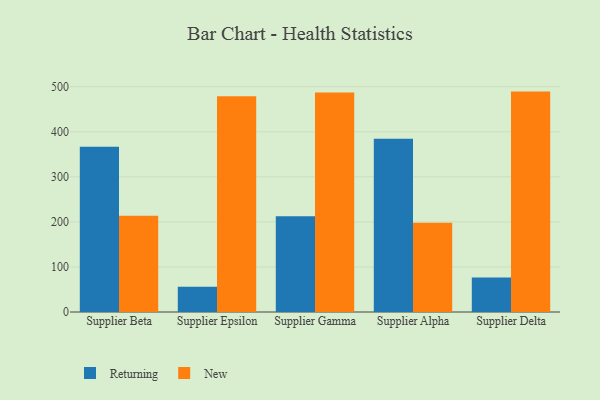
{"axis": {"x": "Supplier", "y": "Net Income (USD K)"}, "legend": ["New", "Returning"], "data": [{"x": "Supplier Beta", "y": 367.1, "type": "Returning"}, {"x": "Supplier Beta", "y": 213.8, "type": "New"}, {"x": "Supplier Epsilon", "y": 56.1, "type": "Returning"}, {"x": "Supplier Epsilon", "y": 479.0, "type": "New"}, {"x": "Supplier Gamma", "y": 212.7, "type": "Returning"}, {"x": "Supplier Gamma", "y": 487.4, "type": "New"}, {"x": "Supplier Alpha", "y": 384.5, "type": "Returning"}, {"x": "Supplier Alpha", "y": 198.3, "type": "New"}, {"x": "Supplier Delta", "y": 76.4, "type": "Returning"}, {"x": "Supplier Delta", "y": 489.3, "type": "New"}]}